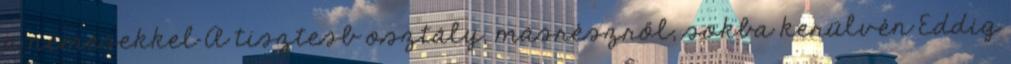
a nemesekkel A tisztesb osztály, másrészről, sokba kerülvén Eddig